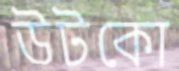
উটকো